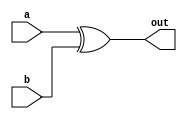
module XOR_Gate_Delay(input wire a, input wire b, output reg out);

reg delayed_out;

assign out = delayed_out;

always @(a or b)
begin
  // XOR gate operation
  delayed_out <= a ^ b;
end

initial
begin
  #10; // delay of 10 time units
end

endmodule